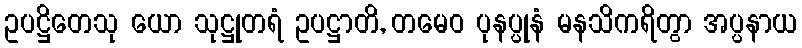
ဥပဋ္ဌိတေသု ယော သုဋ္ဌုတရံ ဥပဋ္ဌာတိ, တမေဝ ပုနပ္ပုနံ မနသိကရိတွာ အပ္ပနာယ